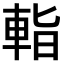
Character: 𨌁